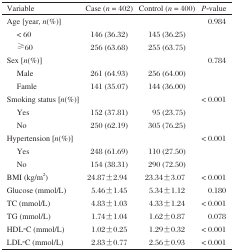
| Variable | Case (n = 402) | Control (n = 400) | P-value |
 | --- | --- | --- | --- |
 | Age [year, n(%)] |  |  | < 0.984 |
 | < 60 | 146 (36.32) | 145 (36.25) |  |
 | ≥60 | 256 (63.68) | 255 (63.75) |  |
 | Sex [n(%)] |  |  | < 0.784 |
 | Male | 261 (64.93) | 256 (64.00) |  |
 | Famle | 141 (35.07) | 144 (36.00) |  |
 | Smoking status [n(%)] |  |  | < 0.001 |
 | Yes | 152 (37.81) | 095 (23.75) |  |
 | No | 250 (62.19) | 305 (76.25) |  |
 | Hypertension [n(%)] |  |  | < 0.001 |
 | Yes | 248 (61.69) | 110 (27.50) |  |
 | No | 154 (38.31) | 290 (72.50) |  |
 | BMI (kg/m2) | 24.87±2.940 | 23.34±3.070 | < 0.001 |
 | Glucose (mmol/L) | 5.46±1.45 | 5.34±1.12 | < 0.180 |
 | TC (mmol/L) | 4.83±1.03 | 4.33±1.24 | < 0.001 |
 | TG (mmol/L) | 1.74±1.04 | 1.62±0.87 | < 0.078 |
 | HDL-C (mmol/L) | 1.02±0.25 | 1.29±0.32 | < 0.001 |
 | LDL-C (mmol/L) | 2.83±0.77 | 2.56±0.93 | < 0.001 |